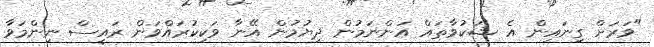
"ވަރަށް ގިނައިން އެ ޝަކުވާތައް އަންނަމުން ދިޔުމުން އޭނާ ވަކިކުރައްވަން ރައީސް ނިންމަވާ